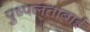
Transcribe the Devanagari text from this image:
पुष्पलताबाई